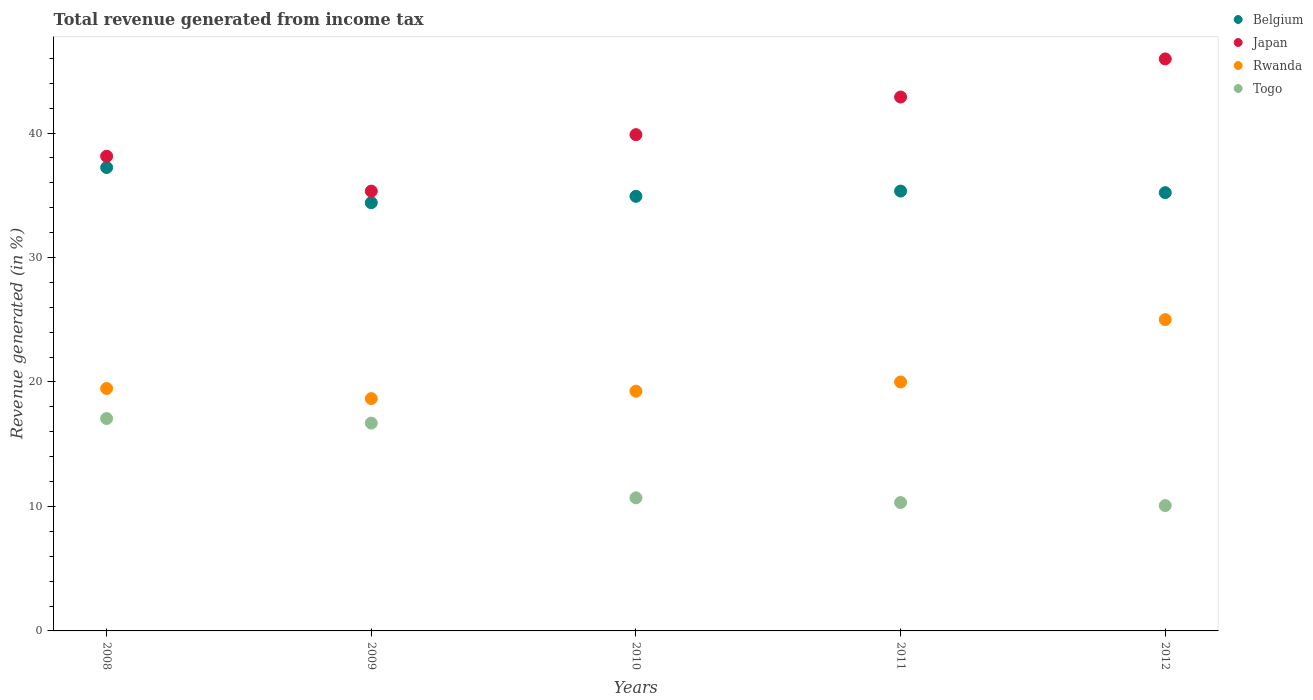
| Years | Belgium | Japan | Rwanda | Togo |
 | --- | --- | --- | --- | --- |
 | 2008 | 37.2 | 38.1 | 19.5 | 17.1 |
 | 2009 | 34.4 | 35.3 | 18.7 | 16.7 |
 | 2010 | 34.9 | 39.9 | 19.3 | 10.7 |
 | 2011 | 35.3 | 42.9 | 20 | 10.3 |
 | 2012 | 35.2 | 46 | 25 | 10.1 |